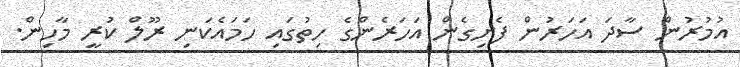
އުމުރުން ސާދަ އަހަރުން ފެށިގެން އަހަރެންގެ ހިތުގައި ހަމައެކަނި ރޫލް ކުރީ މާހިން.